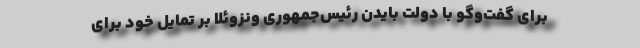
برای گفت‌و‌گو با دولت بایدن رئیس‌جمهوری ونزوئلا ‌بر تمایل خود برای